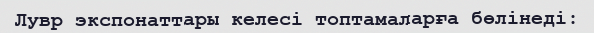
Лувр экспонаттары келесі топтамаларға бөлінеді: